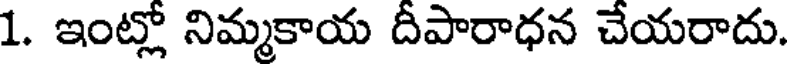
1. ఇంట్లో నిమ్మకాయ దీపారాధన చేయరాదు.